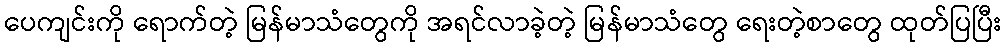
ပေကျင်းကို ရောက်တဲ့ မြန်မာသံတွေကို အရင်လာခဲ့တဲ့ မြန်မာသံတွေ ရေးတဲ့စာတွေ ထုတ်ပြပြီး